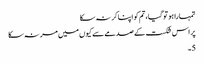
تمہارا ہو تو گیا، تم کو اپنا کر نہ سکا
پر اس شکست کے صدمے سے کیوں میں مر نہ سکا
5۔